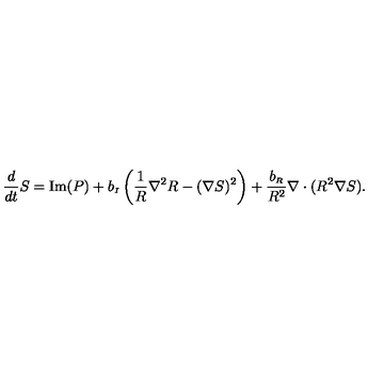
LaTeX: { \frac { d } { d t } } S = \mathrm { I m } ( P ) + b _ { \scriptscriptstyle I } \left( \frac { 1 } { R } \nabla ^ { 2 } R - ( \nabla S ) ^ { 2 } \right) + { \frac { b _ { \scriptscriptstyle R } } { R ^ { 2 } } } \nabla \cdot ( R ^ { 2 } \nabla S ) . ~